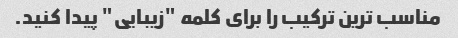
مناسب ترین ترکیب را برای کلمه "زیبایی" پیدا کنید.